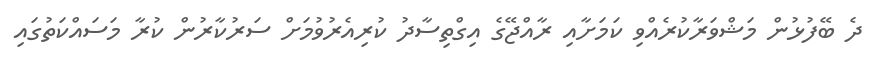
ދެ ބޭފުޅުން މަޝްވަރާކުރެއްވި ކަމަށާއި ރާއްޖޭގެ އިގްތިސާދު ކުރިއެރުވުމަށް ސަރުކާރުން ކުރާ މަސައްކަތުގައި